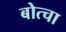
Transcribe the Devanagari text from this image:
बोत्चा